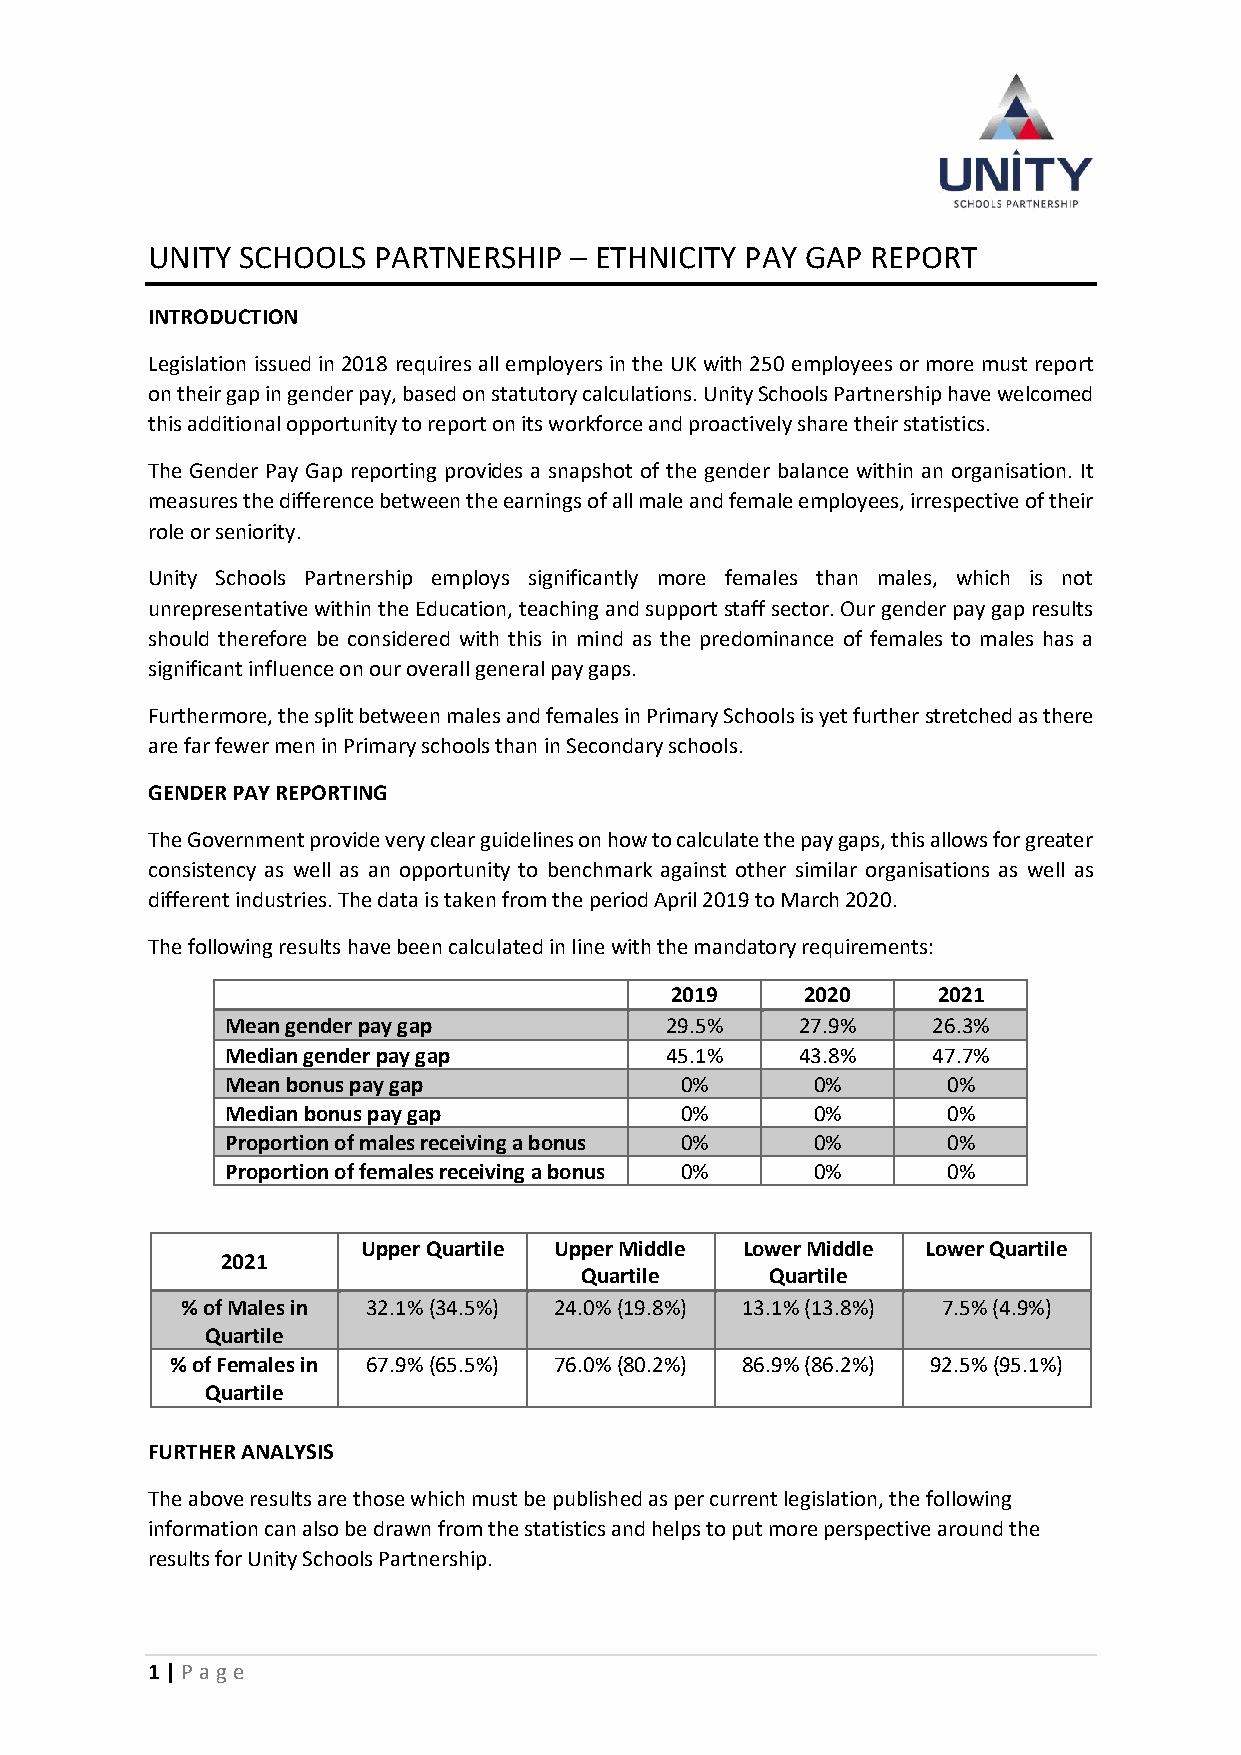
UNITY SCHOOLS  PARTNERSHIP  – ETHNICITY PAY GAP REPORT
 INTRODUCTION
 Legislation issued in 2018 requires all employers in the UK with 250 employees or more must report
 on their gap in gender pay, based on statutory calculations. Unity Schools Partnership have welcomed
 this additional opportunity to report on its workforce and proactively share their statistics.
 The Gender Pay Gap reporting provides a snapshot of the gender balance within an organisation. It
 measures the difference between the earnings of all male and female employees, irrespective of their
 role or seniority.
 Unity Schools Partnership employs significantly more females than males, which is not
 unrepresentative within the Education, teaching and support staff sector. Our gender pay gap results
 should therefore be considered with this in mind as the predominance of females to males has a
 significant influence on our overall general pay gaps.
 Furthermore, the split between males and females in Primary Schools is yet further stretched as there
 are far fewer men in Primary schools than in Secondary schools.
 GENDER PAY REPORTING
 The Government provide very clear guidelines on how to calculate the pay gaps, this allows for greater
 consistency as well as an opportunity to benchmark against other similar organisations as well as
 different industries. The data is taken from the period April 2019 to March 2020.
 The following results have been calculated in line with the mandatory requirements:
 2019     2020     2021
 Mean gender pay gap          29.5%    27.9%    26.3%
 Median gender pay gap        45.1%    43.8%    47.7%
 Mean bonus pay gap            0%       0%       0%
 Median bonus pay gap          0%       0%       0%
 Proportion of males receiving a bonus 0% 0%     0%
 Proportion of females receiving a bonus 0% 0%   0%
 Upper Quartile Upper Middle Lower Middle Lower Quartile
 2021
 Quartile     Quartile
 % of Males in 32.1% (34.5%) 24.0% (19.8%) 13.1% (13.8%) 7.5% (4.9%)
 Quartile
 % of Females in 67.9% (65.5%) 76.0% (80.2%) 86.9% (86.2%) 92.5% (95.1%)
 Quartile
 FURTHER ANALYSIS
 The above results are those which must be published as per current legislation, the following
 information can also be drawn from the statistics and helps to put more perspective around the
 results for Unity Schools Partnership.
 1 | P age